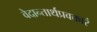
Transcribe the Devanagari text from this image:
वेदान्तार्थप्रवक्तारं